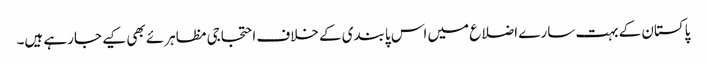
پاکستان کے بہت سارے اضلاع میں اس پابندی کے خلاف احتجاجی مظاہرئے بھی کیے جارہے ہیں۔